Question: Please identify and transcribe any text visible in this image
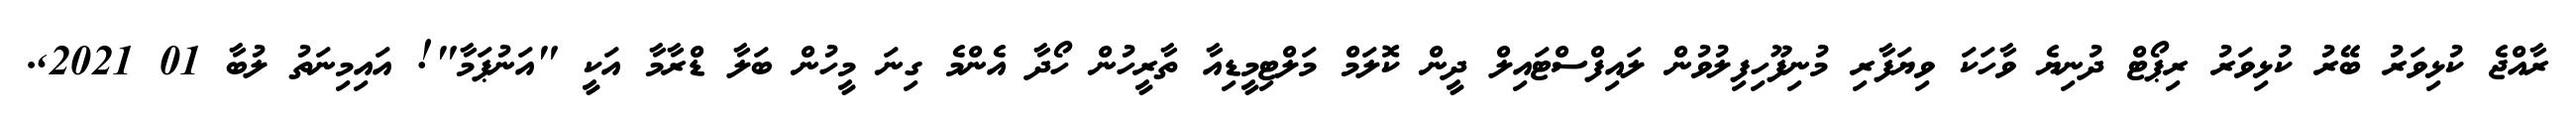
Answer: ރާއްޖެ ކުޅިވަރު ބޭރު ކުޅިވަރު ރިޕޯޓް ދުނިޔެ ވާހަކަ ވިޔަފާރި މުނިފޫހިފިލުވުން ލައިފްސްޓައިލް ދީން ކޮލަމް މަލްޓިމީޑިއާ ތާރީހުން ހޯދާ އެންމެ ގިނަ މީހުން ބަލާ ޑްރާމާ އަކީ "އަނުޕަމާ"! އައިމިނަތު ލުބާ 01 2021,.